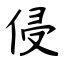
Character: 侵